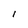
Character: l